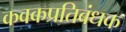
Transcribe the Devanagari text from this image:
कवकप्रतिबंधक